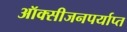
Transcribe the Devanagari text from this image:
ऑक्सीजनपर्याप्त